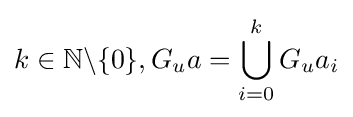
k\in \mathbb {N} \backslash \{0\},G_{u}a=\bigcup _{i=0}^{k}G_{u}a_{i}